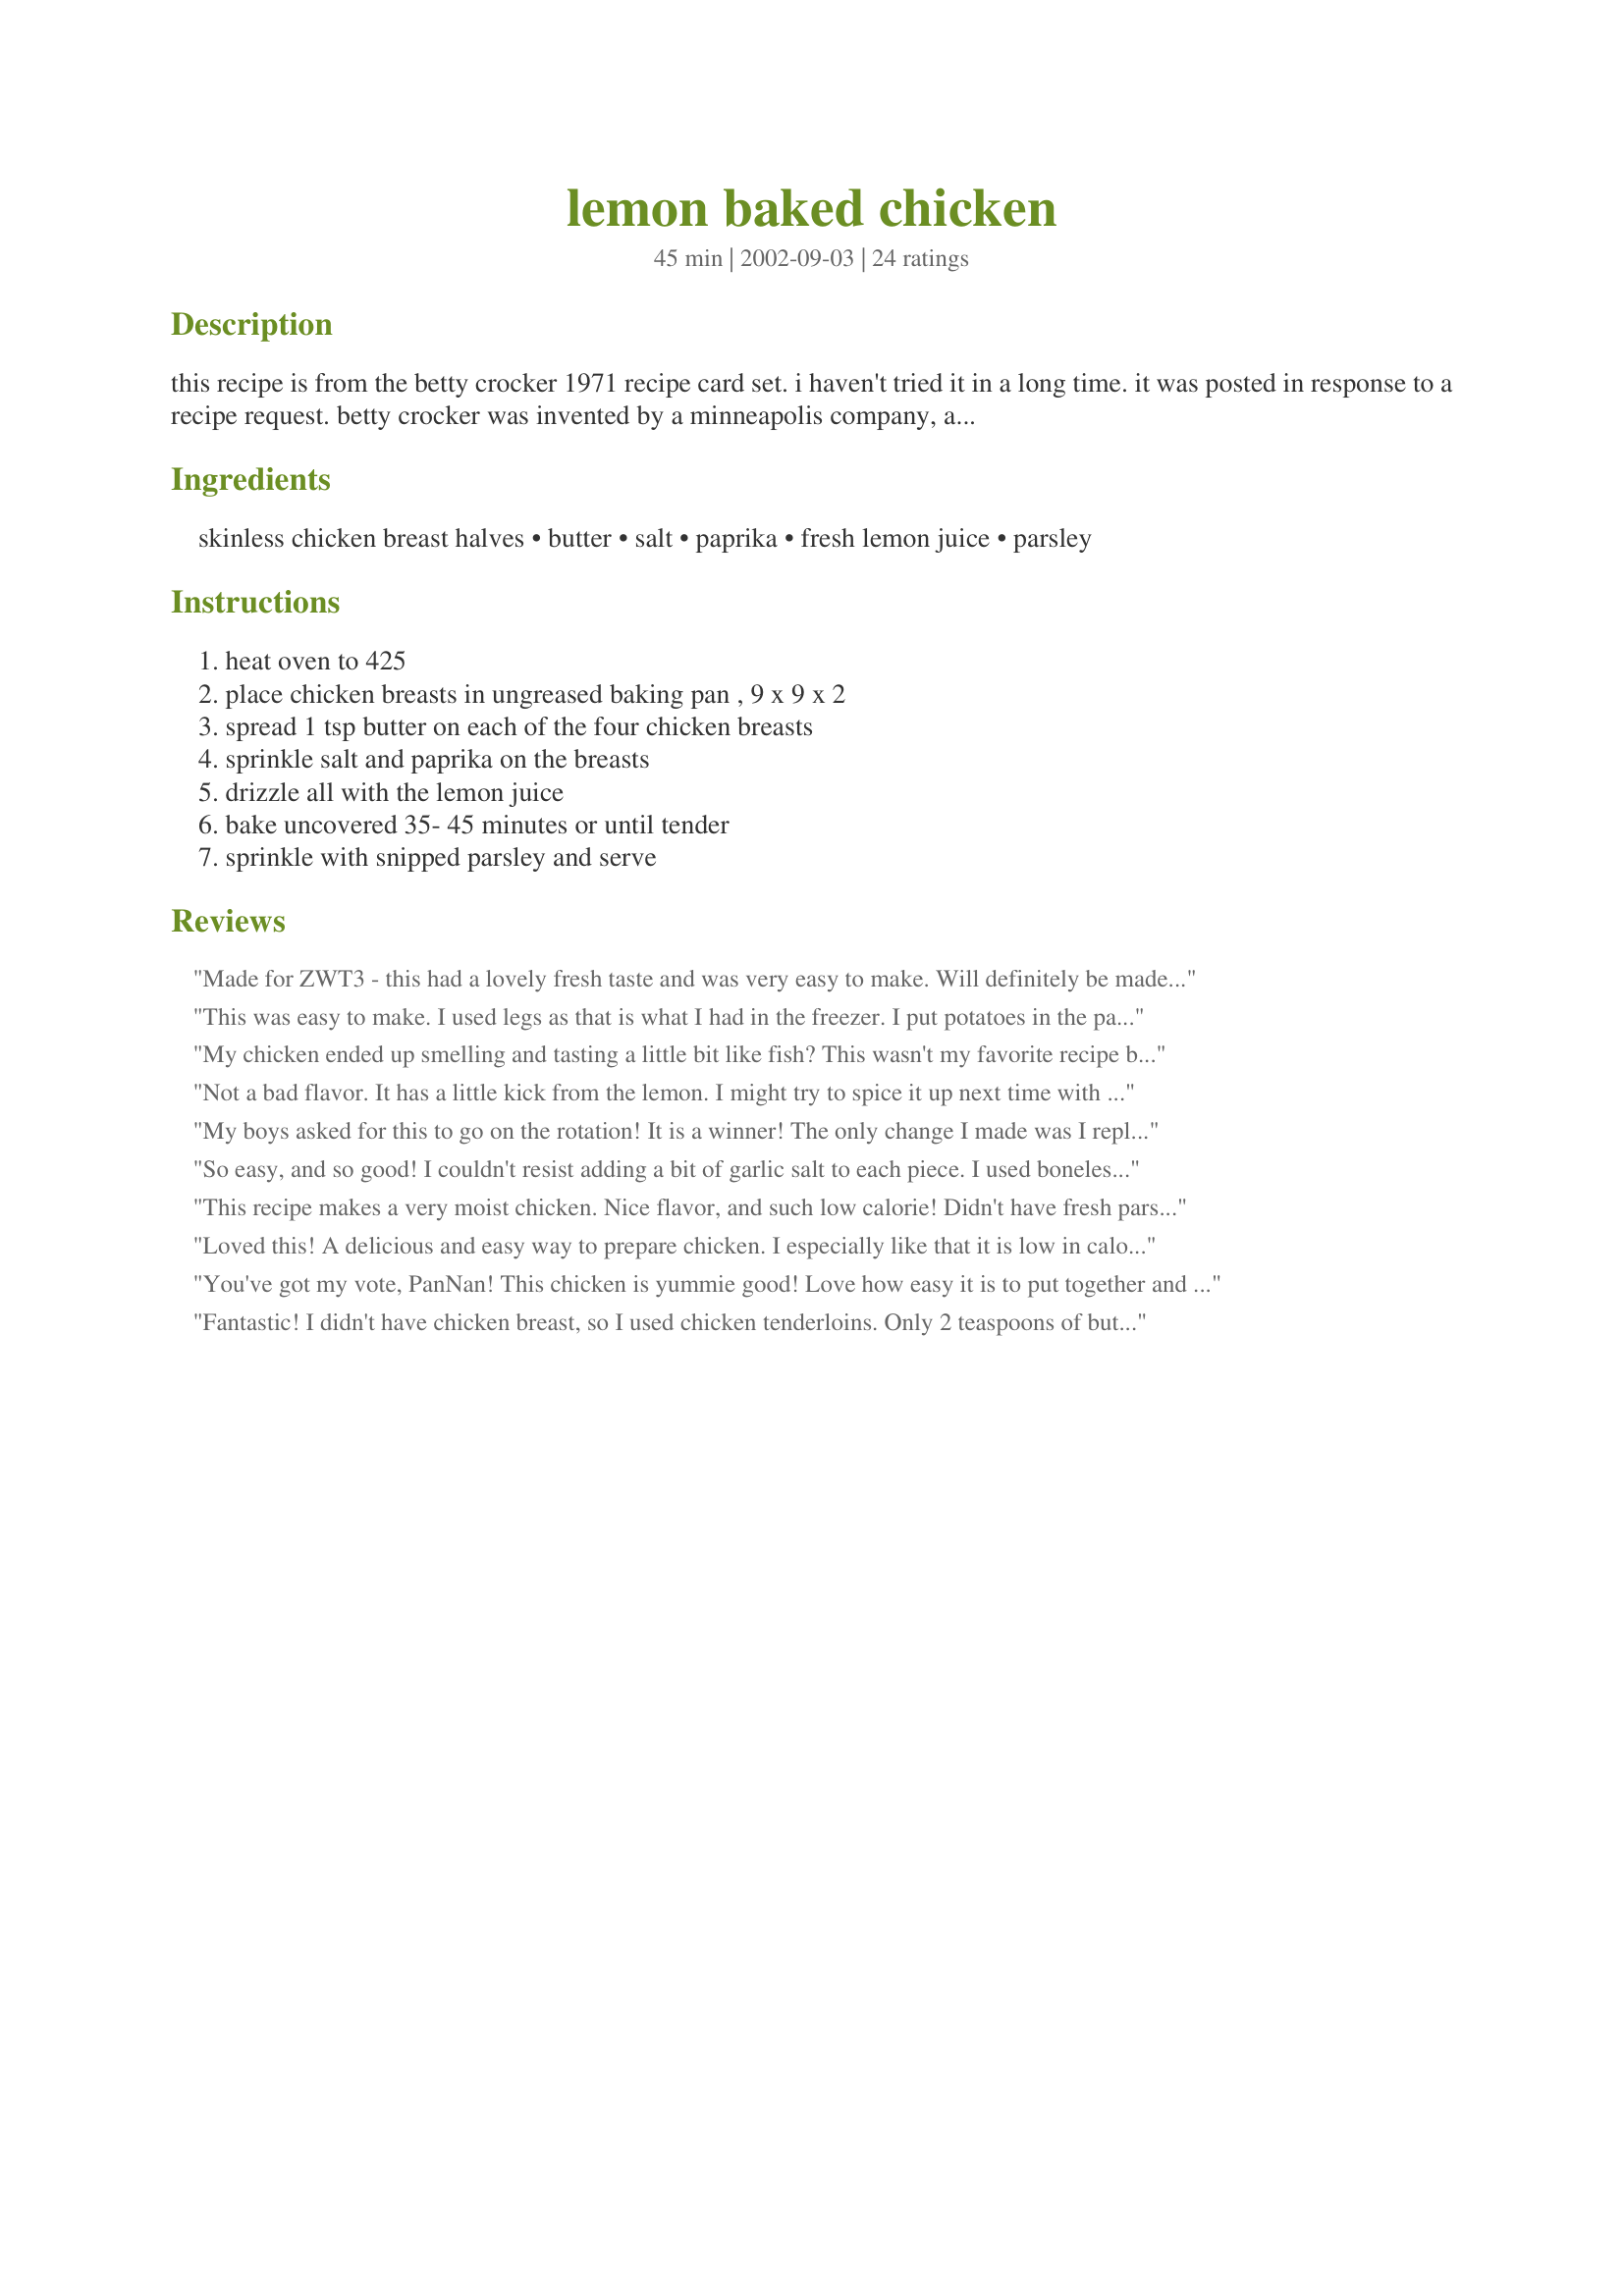
lemon baked chicken
Preparation time: 45 minutes

this recipe is from the betty crocker 1971 recipe card set. i haven't tried it in a long time. it was posted in response to a recipe request. betty crocker was invented by a minneapolis company, and this recipe was certainly enjoyed there by betty's fans. therefore, this recipe's home will the midwestern u.s. region.

Ingredients:
skinless chicken breast halves, butter, salt, paprika, fresh lemon juice, parsley

Steps:
heat oven to 425, place chicken breasts in ungreased baking pan , 9 x 9 x 2, spread 1 tsp butter on each of the four chicken breasts, sprinkle salt and paprika on the breasts, drizzle all with the lemon juice, bake uncovered 35- 45 minutes or until tender, sprinkle with snipped parsley and serve

Reviews:
Made for ZWT3 - this had a lovely fresh taste and was very easy to make. Will definitely be made again! Thanks PanNan for posting.
This was easy to make. I used legs as that is what I had in the freezer. I put potatoes in the pan along with the chicked legs. 
Very taste and moist.
My chicken ended up smelling and tasting a little bit like fish? This wasn't my favorite recipe but it was pretty good.
Not a bad flavor. It has a little kick from the lemon. I might try to spice it up next time with cumin instead of paprika.
My boys asked for this to go on the rotation! It is a winner! The only change I made was I replaced the butter with mayonnaise (because I was out of butter). I whisked together the mayo and the lemon juice added garlic salt and pepper soaked the chicken in the mixture about 10 minutes, then arranged the chicken pieces in a baking dish. Sprinkled on the paprika for color and popped it in the oven. Served with couscous and green beans, it was gobbled up before I could snap a picture. I can see making this again and again, maybe changing out the garlic and lemon for ranch and rosemary seasonings...
So easy, and so good! I couldn't resist adding a bit of garlic salt to each piece. I used boneless, skinless breasts and they turned out very moist and delicious. My son really liked it and that is indeed a compliment as he is not much of a meat eater. Thx PanNan
This recipe makes a very moist chicken. Nice flavor, and such low calorie! Didn't have fresh parsley, so just added a couple shakes of dried to each one before cooking. Thnks!
Loved this! A delicious and easy way to prepare chicken. I especially like that it is low in calories and fat and tastes great! Made for ZWT3 2007.
You've got my vote, PanNan! This chicken is yummie good! Love how easy it is to put together and bake. I sprinkled Hot Hungarian Paprika on top. Didn't have fresh parsley, so used dried. Added Mirjam's Garlic Potatoes, #13166, as a side, and we had a dandy little dinner!
Thanks for sharing.
Laudee

Fantastic! I didn't have chicken breast, so I used chicken tenderloins. Only 2 teaspoons of butter (to cut the fat). Extremely flavorful. It is easily the best lemon chicken I have ever had. Moist and delicious. Easily the best chicken I've ever made. Thanks for the recipe.
I caught Nora Marie's photo in the daily photos and couldn't resist the recipe, I was looking for a chicken recipe I could cook in the cool of the morning so that I didn't have to have the oven on during the hot day, this worked perfectly! The results were wonderful! Just made two half skinless boneless breasts for the two of us and they were lovely and moist with just a hint of lemon comming through. We loved them and i will be making them again. thanks for posting!!
This is a keeper.Loved it.
This is a wonderful dish, and we absolutely loved it. I thought maybe the amount of lemon juice would be little too much, but it really wasn't. I used Hungarian sweet paprika, and dusted the chicken liberally. I used a combination of fresh parsley and fresh chives to sprinkle on while cooking, and a little more just before serving. The dish was very pretty, and very good. The chicken was moist. Thanks PanNan, I will be making this one again.
This is one of my favorite recipes. It's so easy to prepare, looks very elegant, and tastes spectacular!! I always serve this with Uncle Bens original wild rice. I'm getting hungry just thinking about it!! Thanks for submitting!!
My whole family enjoyed this recipe. I used lemon juice concentrate and dried parsley -- because I didn't have any fresh on hand. We couldn't really taste the lemon, maybe it's because I didn't use the fresh juice. Anyway, the chicken was moist, juicy and flavorful. I covered it the last 20 minutes of baking, loosely with foil because I was afraid the top was getting too done. This was a very easy dinner to put together. Thanks, PanNan!
*Reviewed for Zaar World Tour 3* THis was a great dish. Simple to prepare, quick to cook and great fresh flavours. The paprika coloured the chicken nicely and the lemon juice kept the chicken moist. I basted the chicken once during the cooking time with the lemon juice from the pan. A definite 'keeper' of a recipe. Photos also being posted
I thought this turned out well, but was a bit plain. I didn't think the lemon came through like I expected it to. I did leave the skin on the chicken. (I accidentally forgot to add the parsley.)
Good...but lacking the flavor I hoped for based upon others' reviews. Followed this one to the letter and used hot hungarian paprika but no real flavor shined through. The method for cooking was spot on.
This was exactly what I was looking for. Lemon chicken is one of my favorites meals that my mom used to make. I prepared it for my family and it was a hit. The chicken was very juicy and tender. The lemon flavor was evident but not too strong. Perfect, I thought. Thanks PanNan.
This had the best lemon pepper taste and it didn't turn out dry! We will definately have it again..
This was so tasty! We all loved it -- and we all felt healthy eating it too. I used boneless, skinless chicken breasts and cooked it for 40 minutes. The buttery lemon sauce that it made was so good, not overpowering, subtle and yummy! The kids came back for more and we had no leftovers. This is an easy to prepare recipe that is definitely a keeper in my family! Thanks so much for posting this delicious recipe!
Not bad. It had a nice lemon flavor and was super easy to put together so I will likely make it again. I may try to add more paprika next time. I should also note I used about an 1/8 tsp salt a bit less then the recipe called for so it may have impacted the taste. Also I didn't have fresh parsley so I used dried.
The chicken was very tasty and dh really gave rave reviews. I used thighs instead of breasts and baked it covered for most of the time. I was a little afraid of it drying out if I left it uncovered for the whole time.
Lemon chicken is one of my husband's favorites and we were not disappointed with the taste of this one. It was really easy to put together. We will be having this often.
